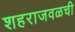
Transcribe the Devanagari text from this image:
शहराजवळची